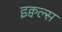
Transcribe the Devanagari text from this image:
इक्वल्स